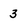
Character: 3